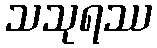
သသုရဿ